system: You are a helpful assistant.
user:
Analyze the provided spectrum to determine if it is a **M-type Giant (gM)**.

A M-type Giant spectrum is defined by its **strong molecular absorption** features, particularly from **Titanium Oxide (TiO)**. You must check for one of the following mutually exclusive signatures:

- **Key Visual Indicators (Absorption-Dominated Spectrum):**

    - **(Primary):** The spectrum is dominated by strong molecular absorption from **Titanium Oxide (TiO)**. This is the **defining feature** of its M-type temperature class.
        - **(Key Bandheads):** Look for sharp, "saw-tooth" absorption valleys. The strongest are located near **~7050 Å**, **~6160 Å**, and **~5170 Å**.
        - **(Line Profile):** The "saw-tooth" morphology is critical: a **sharp, steep drop on the BLUE (short-wavelength) side** of the bandhead, followed by a gradual recovery (rising flux) towards the RED (long-wavelength) side.

    - **(Key Confirmation - Giant vs. Dwarf):** **ABSENCE** of strong **Calcium Hydride (CaH)** molecular bands. This is the primary diagnostic for *excluding* M-dwarfs.
        - **(Key Region):** The spectrum should lack the strong, broad absorption band seen in dwarfs between **~6800 Å and ~7000 Å**.

    - **(Secondary Confirmation - Giant):** A very strong and broad **Neutral Calcium (Ca I)** atomic absorption line.
        - **(Key Line):** Located at **~4226 Å**. In a giant (gM), this line is significantly deeper and broader than the same line in an M-dwarf (dM) due to low surface gravity.

    - **(Overall Spectrum):**
        - The continuum is **extremely red-sloping** (i.e., flux is very low in the blue and rises dramatically towards the red).
        - The entire spectrum appears "chopped up" by the deep TiO bands.

Think first, call **spectral_visualization_tool** if needed to examine features in detail, then provide your final answer. Your response must adhere to the following strict rules:
1.  **Overall Structure:** Your response must follow the format `<think>...</think> <tool_call>...</tool_call> (if a tool is used) <answer>...</answer>`.
2.  **Tool Usage Constraint:** You may only make **one** tool call per turn.
3.  **Final Answer Format:** In the `<answer>` tag, your conclusion must be inside a `\boxed{}` command (e.g., `\boxed{YES}` or `\boxed{NO}`), followed by your justification.

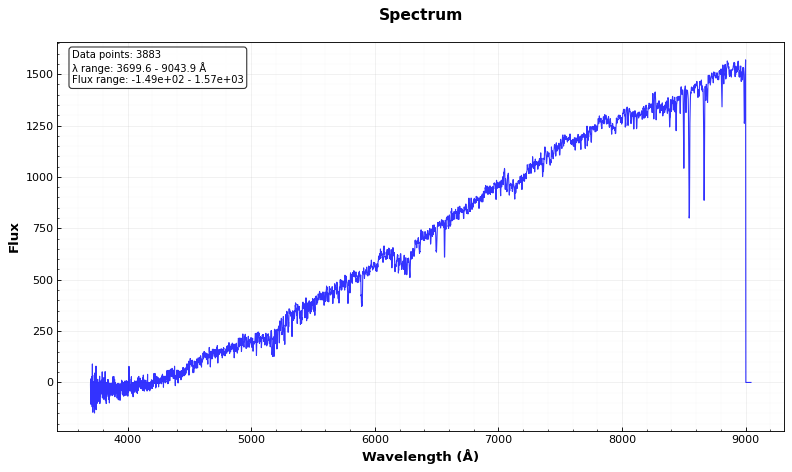
Answer: NO